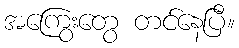
အကြွေးတွေ တင်နေပြီ။